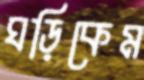
ঘড়িকেম